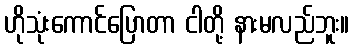
ဟိုသုံးကောင်ပြောတာ ငါတို့ နားမလည်ဘူး။